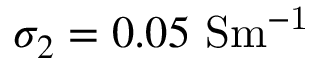
\sigma _ { 2 } = 0 . 0 5 ~ \mathrm { { S m ^ { - 1 } } }